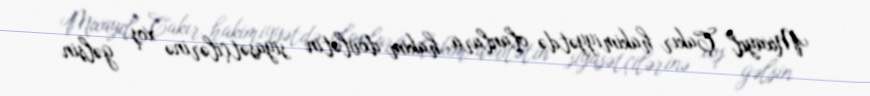
Mixayıl Çakır hakimiyyətdə olanlara, hakim dövlətin siyasətçilərinə xoş gəlsin